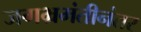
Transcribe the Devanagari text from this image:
जगभ्रमंतीनंतर